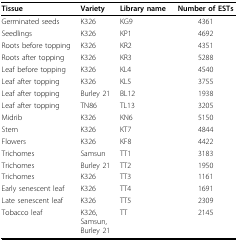
<table><thead><tr><td><b>Tissue</b></td><td><b>Variety</b></td><td><b>Library name</b></td><td><b>Number of ESTs</b></td></tr></thead><tbody><tr><td>Germinated seeds</td><td>K326</td><td>KG9</td><td>4361</td></tr><tr><td>Seedlings</td><td>K326</td><td>KP1</td><td>4692</td></tr><tr><td>Roots before topping</td><td>K326</td><td>KR2</td><td>4351</td></tr><tr><td>Roots after topping</td><td>K326</td><td>KR3</td><td>5288</td></tr><tr><td>Leaf before topping</td><td>K326</td><td>KL4</td><td>4540</td></tr><tr><td>Leaf after topping</td><td>K326</td><td>KL5</td><td>3755</td></tr><tr><td>Leaf after topping</td><td>Burley 21</td><td>BL12</td><td>1938</td></tr><tr><td>Leaf after topping</td><td>TN86</td><td>TL13</td><td>3205</td></tr><tr><td>Midrib</td><td>K326</td><td>KN6</td><td>5150</td></tr><tr><td>Stem</td><td>K326</td><td>KT7</td><td>4844</td></tr><tr><td>Flowers</td><td>K326</td><td>KF8</td><td>4422</td></tr><tr><td>Trichomes</td><td>Samsun</td><td>TT1</td><td>3183</td></tr><tr><td>Trichomes</td><td>Burley 21</td><td>TT2</td><td>1950</td></tr><tr><td>Trichomes</td><td>K326</td><td>TT3</td><td>1161</td></tr><tr><td>Early senescent leaf</td><td>K326</td><td>TT4</td><td>1691</td></tr><tr><td>Late senescent leaf</td><td>K326</td><td>TT5</td><td>2309</td></tr><tr><td>Tobacco leaf</td><td>K326, Samsun, Burley 21</td><td>TT</td><td>2145</td></tr></tbody></table>